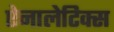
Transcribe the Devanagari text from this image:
ऐनालेटिक्स